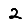
Digit: 2